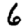
Digit: 6